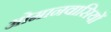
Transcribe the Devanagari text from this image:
ओमानवासियों